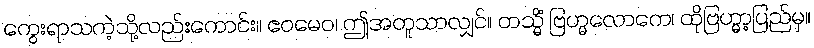
ကွေးရာသကဲ့သို့လည်းကောင်း။ ဧဝမေဝ၊ ဤအတူသာလျှင်။ တသ္မိံ ဗြဟ္မလောကေ၊ ထိုဗြဟ္မာ့ပြည်မှ။